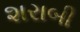
શરાબી